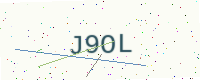
Text: J9OL